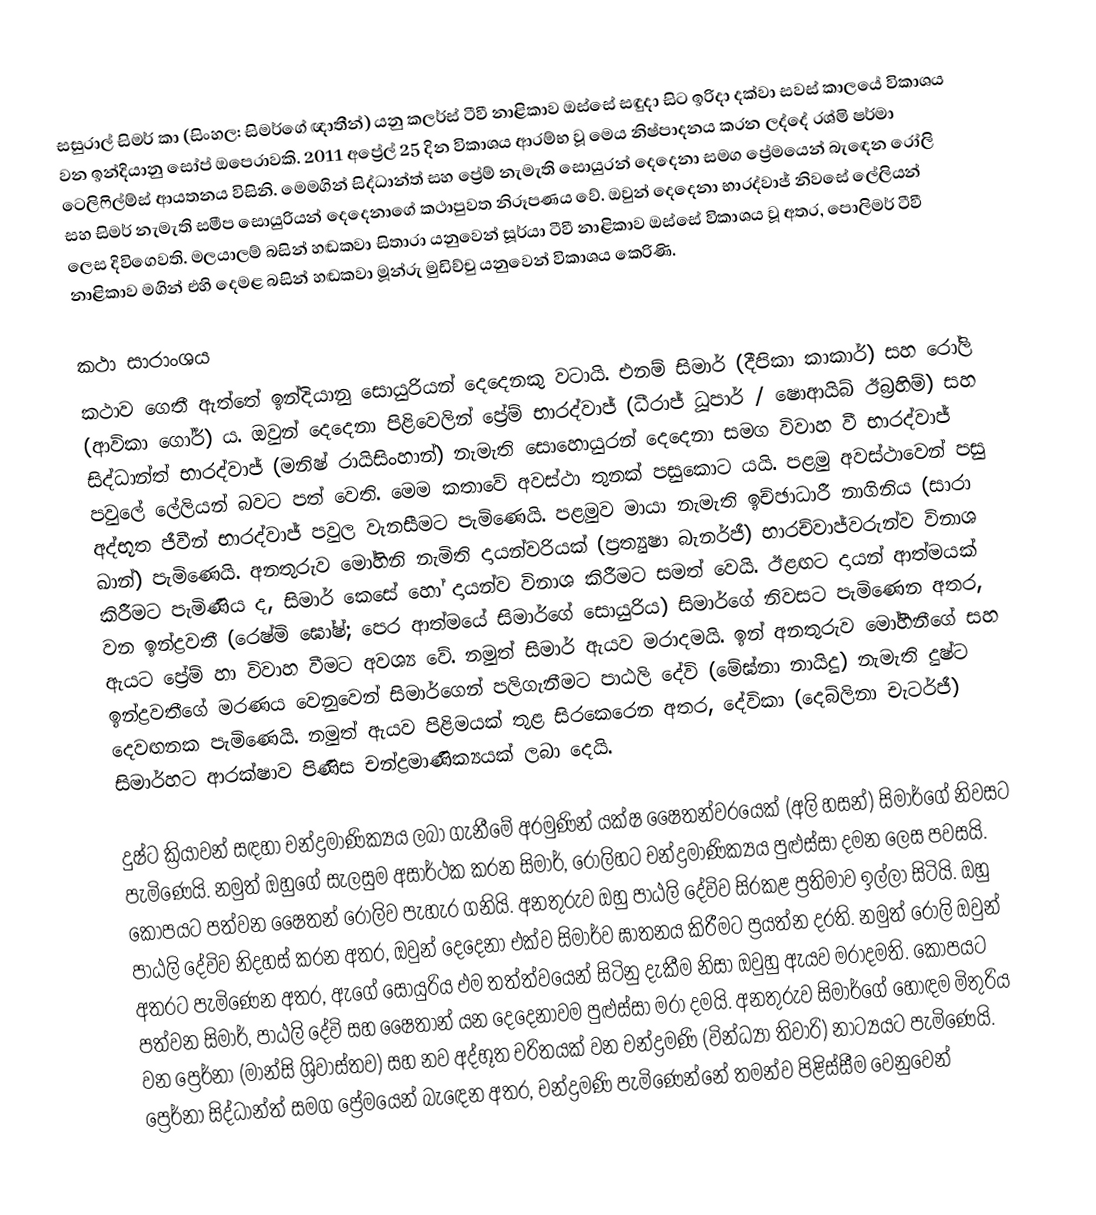
සසුරාල් සිමර් කා (සිංහල: සිමර්ගේ ඥාතීන්) යනු කලර්ස් ටීවී නාළිකාව ඔස්සේ සඳුදා සිට ඉරිදා දක්වා සවස් කාලයේ විකාශය වන ඉන්දියානු සෝප් ඔපෙරාවකි. 2011 අප්‍රේල් 25 දින විකාශය ආරම්භ වූ මෙය නිෂ්පාදනය කරන ලද්දේ රශ්මි ෂර්මා ටෙලිෆිල්ම්ස් ආයතනය විසිනි. මෙමගින් සිද්ධාන්ත් සහ ප්‍රේම් නැමැති සොයුරන් දෙදෙනා සමග ප්‍රේමයෙන් බැ‍ඳෙන රෝලි සහ සිමර් නැමැති සමීප සොයුරියන් දෙදෙනාගේ කථාපුවත නිරූපණය වේ. ඔවුන් දෙදෙනා භාරද්වාජ් නිවසේ ලේලියන් ලෙස දිවිගෙවති. මලයාලම් බසින් හඬකවා සිතාරා යනුවෙන් සූර්යා ටීවී නාළිකාව ඔස්සේ විකාශය වූ අතර, පොලිමර් ටීවී නාළිකාව මගින් එහි දෙමළ බසින් හඬකවා මූන්රු මුඩිච්චු යනුවෙන් විකාශය කෙරිණි.

කථා සාරාංශය
කථාව ගෙතී ඇත්තේ ඉන්දියානු සොයුරියන් දෙදෙනකු වටායි. එනම් සිමාර් (දීපිකා කාකාර්) සහ රෝලි (ආවිකා ගෝර්) ය. ඔවුන් දෙදෙනා පිළිවෙලින් ප්‍රේම් භාරද්වාජ් (ධීරාජ් ධූපාර් / ෂොආයිබ් ඊබ්‍රහිම්) සහ සිද්ධාන්ත් භාරද්වාජ් (මනිෂ් රායිසිංහාන්) නැමැති සොහොයුරන් දෙදෙනා සමග විවාහ වී භාරද්වාජ් පවුලේ ලේලියන් බවට පත් වෙති. මෙම කතාවේ අවස්ථා තුනක් පසුකොට යයි. පළමු අවස්ථාවෙන් පසු අද්භූත ජීවීන් භාරද්වාජ් පවුල වැනසීමට පැමිණෙයි. පළමුව මායා නැමැති ඉච්ඡාධාරී නාගිනිය (සාරා ඛාන්) පැමිණෙයි. අනතුරුව මෝහිනි නැමිති දායන්වරියක් (ප්‍රත්‍යුෂා බැනර්ජී) භාරච්වාජ්වරුන්ව විනාශ කිරීමට පැමිණිය ද, සිමාර් කෙසේ හෝ දායන්ව විනාශ කිරීමට සමත් වෙයි. ඊළඟට දායන් ආත්මයක් වන ඉන්ද්‍රවතී (රෙෂ්මි ඝෝෂ්; පෙර ආත්මයේ සිමාර්ගේ සොයුරිය) සිමාර්ගේ නිවසට පැමිණෙන අතර, ඇයට ප්‍රේම් හා විවාහ වීමට අවශ්‍ය වේ. නමුත් සිමාර් ඇයව මරාදමයි. ඉන් අනතුරුව මෝහීනීගේ සහ ඉන්ද්‍රවතීගේ මරණය වෙනුවෙන් සිමාර්ගෙන් පලිගැනීමට පාඨලි දේවි (මේඝ්නා නායිදු) නැමැති දුෂ්ට දෙවඟනක පැමිණෙයි. නමුත් ඇයව පිළිමයක් තුළ සිරකෙරෙන අතර, දේවිකා (දෙබ්ලිනා චැටර්ජී) සිමාර්හට ආරක්ෂාව පිණිස චන්ද්‍රමාණික්‍යයක් ලබා දෙයි.‍

දුෂ්ට ක්‍රියාවන් සඳහා චන්ද්‍රමාණික්‍යය ලබා ගැනීමේ අරමුණින් යක්ෂ ෂෛතන්වරයෙක් (අලි හසන්) සිමාර්ගේ නිවසට පැමිණෙයි. නමුත් ඔහුගේ සැලසුම අසාර්ථක කරන සිමාර්, රෝලිහට චන්ද්‍රමාණික්‍යය පුළුස්සා දමන ලෙස පවසයි. කෝපයට පත්වන ෂෛතන් රෝලිව පැහැර ගනියි. අනතුරුව ඔහු පාඨලි දේවිව සිරකළ ප්‍රතිමාව ඉල්ලා සිටියි. ඔහු පාඨලි දේවිව නිදහස් කරන අතර, ඔවුන් දෙදෙනා එක්ව සිමාර්ව ඝාතනය කිරීමට ප්‍රයත්න දරති. නමුත් රෝලි ඔවුන් අතරට පැමිණෙන අතර, ඇගේ සොයුරිය එම තත්ත්වයෙන් සිටිනු දැකීම නිසා ඔවුහු ඇයව මරාදමති. කෝපයට පත්වන සිමාර්, පාඨලි දේවි සහ ෂෛතාන් යන දෙදෙනාවම පුළුස්සා මරා දමයි. අනතුරුව සිමාර්ගේ හොඳම මිතුරිය වන ප්‍රෙර්නා (මාන්සි ශ්‍රිවාස්තව) සහ නව අද්භූත චරිතයක් වන චන්ද්‍රමණි (වින්ධ්‍යා තිවාරි) නාට්‍යයට පැමිණෙයි. ප්‍රෙර්නා සිද්ධාන්ත් සමග ප්‍රේමයෙන් බැ‍ඳෙන අතර, චන්ද්‍රමණි පැමිණෙන්නේ තමන්ව පිළිස්සීම වෙනුවෙන්